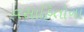
વસાહિતોના